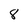
Character: 8